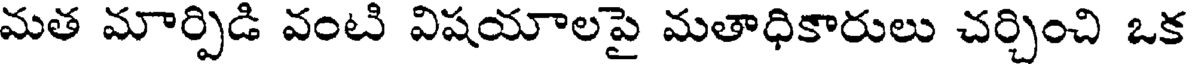
మత మార్పిడి వంటి విషయాలపై మతాధికారులు చర్చించి ఒక